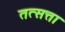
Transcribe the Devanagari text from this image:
तत्सत्ता